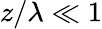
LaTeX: z/\lambda\ll 1